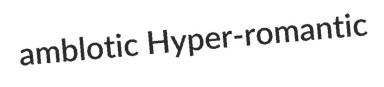
amblotic Hyper-romantic